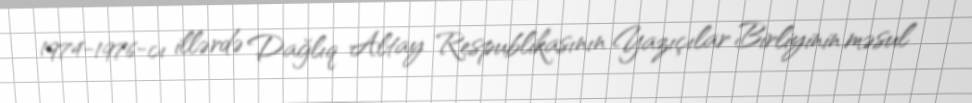
1974-1976-cı illərdə Dağlıq Altay Respublikasının Yazıçılar Birliyinin məsul